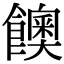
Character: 𩟇